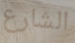
الشارع